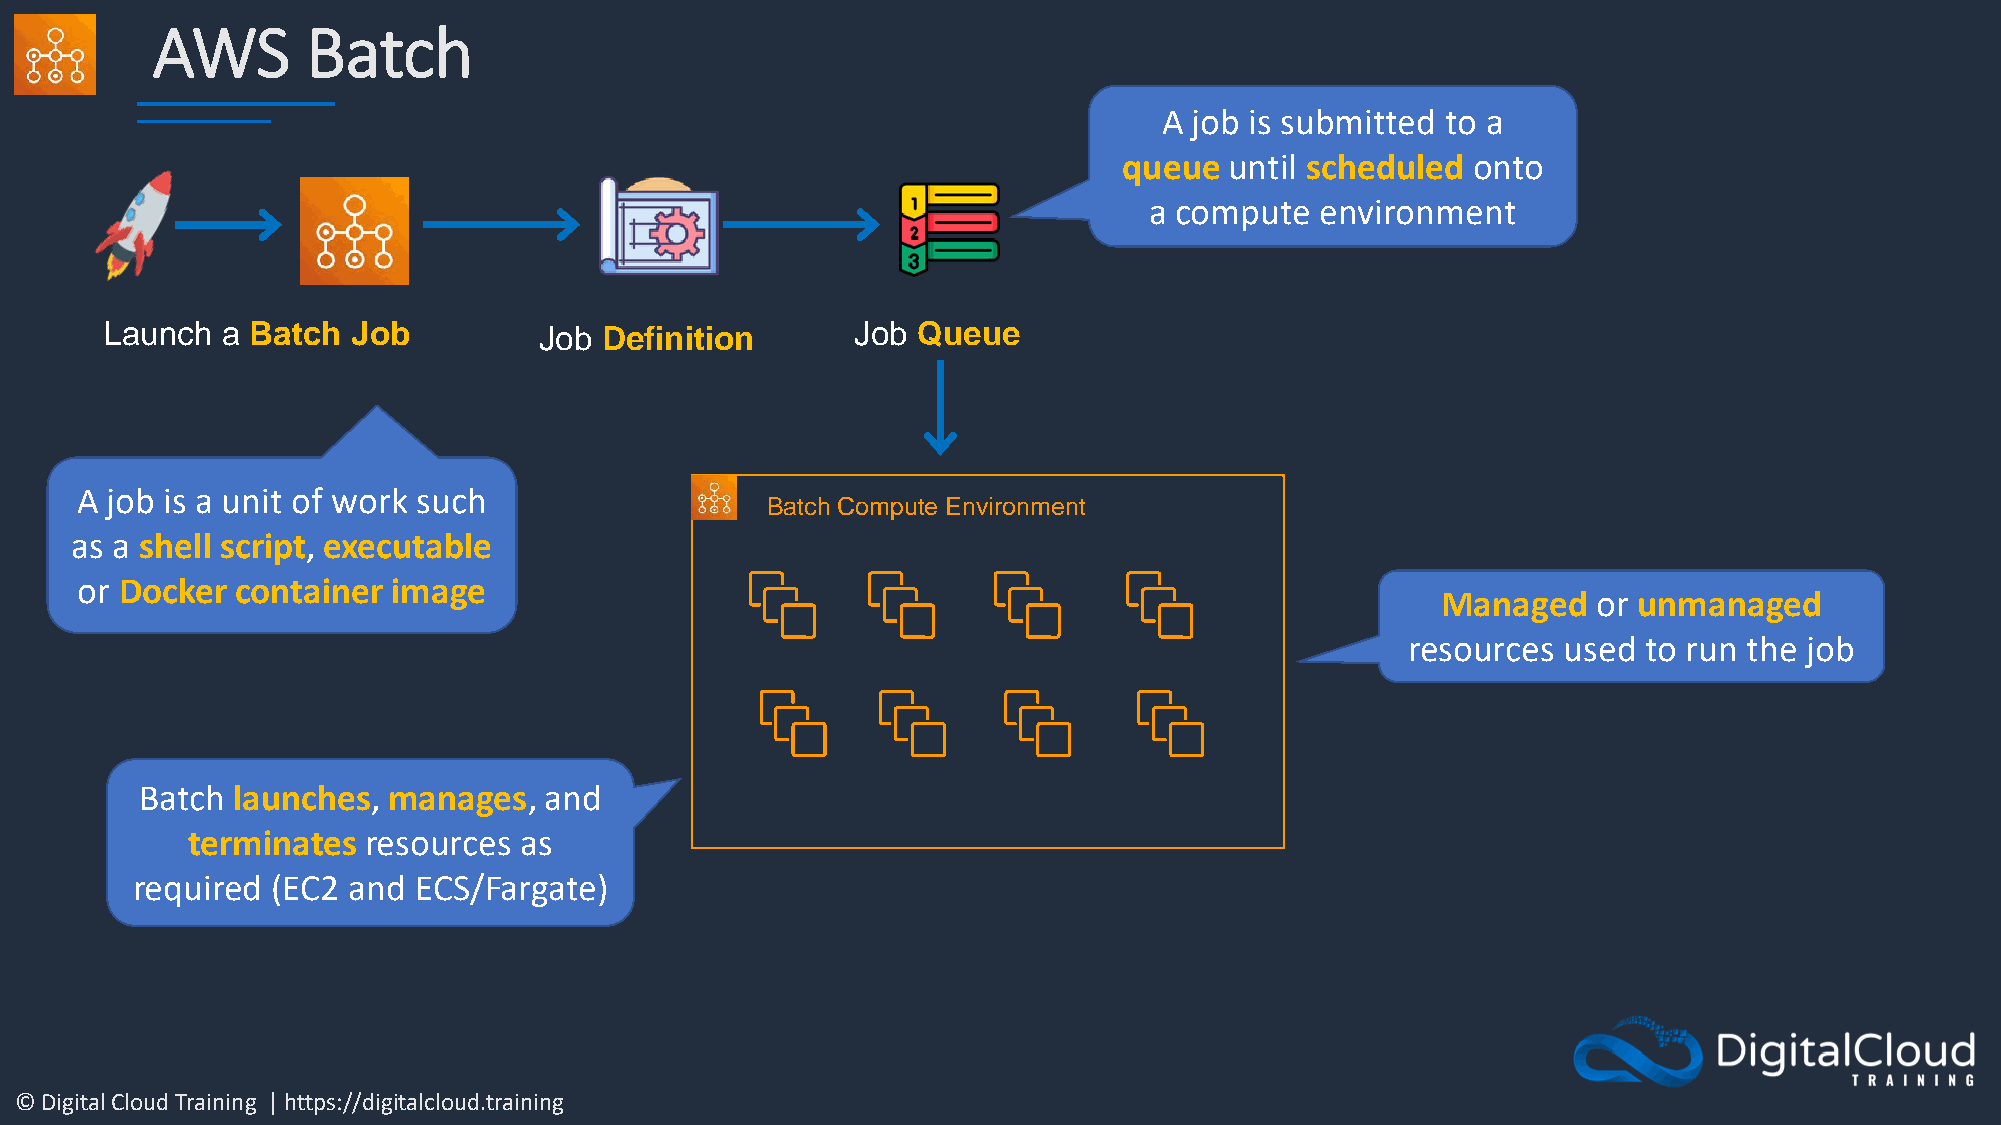
AWS       Batch
 A job is submitted to a
 queue  until scheduled onto
 a compute  environment
 Launch  a Batch Job          Job Definition       Job Queue
 A job is a unit of work such
 Batch Compute Environment
 as a shell script, executable
 or Docker  container image
 Managed    or unmanaged
 resources used  to run the job
 Batch launches,  manages,  and
 terminates  resources as
 required (EC2 and ECS/Fargate)
 © Digital Cloud Training | https://digitalcloud.training